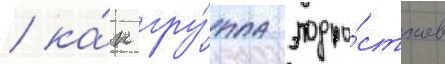
/ ка́к гру́ппа подро́стков